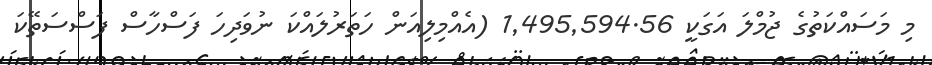
މި މަސައްކަތުގެ ޖުމްލަ އަގަކީ 1